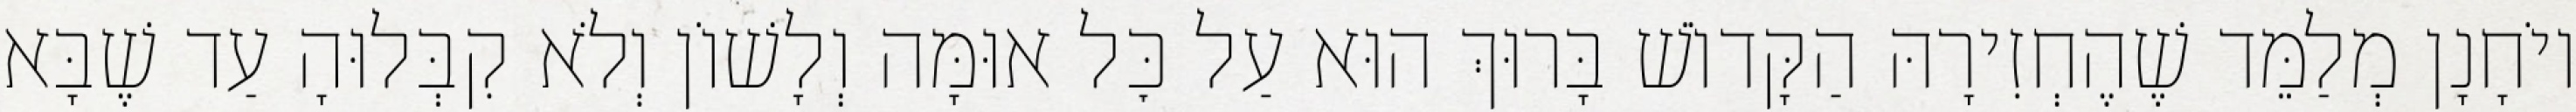
יוֹחָנָן מְלַמֵּד שֶׁהֶחְזִירָהּ הַקָּדוֹשׁ בָּרוּךְ הוּא עַל כׇּל אוּמָּה וְלָשׁוֹן וְלֹא קִבְּלוּהָ עַד שֶׁבָּא